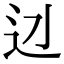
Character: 𨑎